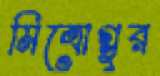
মিত্রোগ্লুর